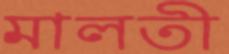
মালতী